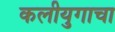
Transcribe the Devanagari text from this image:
कलीयुगाचा